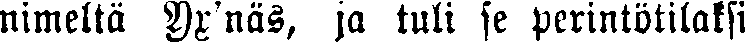
nimeltä Yr'näs, ja tuli se perintötilaksi